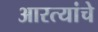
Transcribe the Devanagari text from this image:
आरत्यांचे